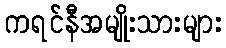
ကရင်နီအမျိုးသားများ